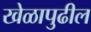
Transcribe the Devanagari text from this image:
खेळापुढील